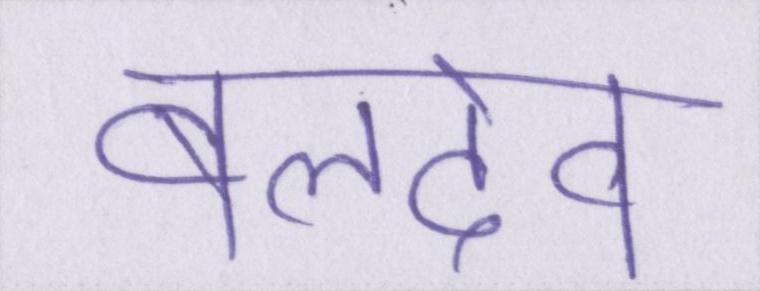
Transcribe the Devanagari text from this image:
बलदेव